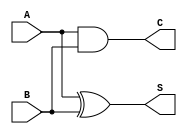
module half_adder (
    input wire A,  // First input bit
    input wire B,  // Second input bit
    output wire S, // Sum output
    output wire C  // Carry output
);

// Sum is calculated using XOR operation
assign S = A ^ B;

// Carry is calculated using AND operation
assign C = A & B;

endmodule